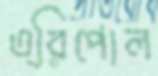
ত্রিপোল